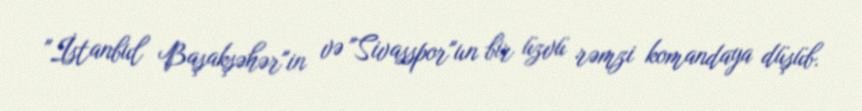
"İstanbul Başakşəhər"in və "Sivasspor"un bir üzvü rəmzi komandaya düşüb.